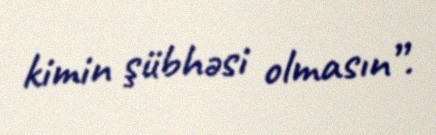
kimin şübhəsi olmasın”.